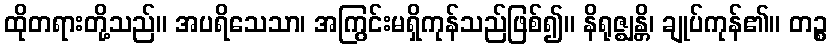
ထိုတရားတို့သည်။ အပရိသေသာ၊ အကြွင်းမရှိကုန်သည်ဖြစ်၍။ နိရုဇ္ဈန္တိ၊ ချုပ်ကုန်၏။ တဉ္စ